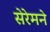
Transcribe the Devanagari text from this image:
सेरेमने